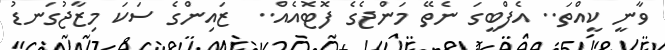
ވާނީ ކީއްތަ.. އެފްބީގަ ނެތޭ މަންޖެގެ ފޮޓޮއެއް..  ޒައިންގެ ސަކަ މިޒާޖުގަނޑު